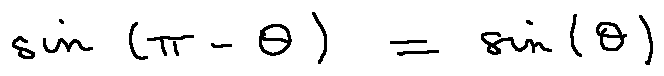
\sin ( \pi - \theta ) = \sin ( \theta )